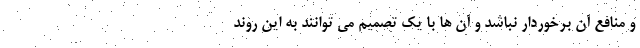
و منافع آن برخوردار نباشد و آن ها با یک تصمیم می توانند به این روند